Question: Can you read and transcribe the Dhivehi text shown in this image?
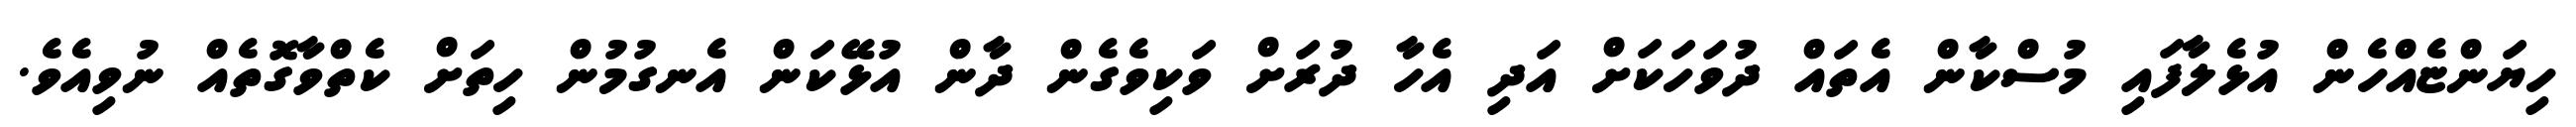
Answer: ހިޔަންޏެއްހެން އުޅެލާފައި މުސްކާން އެތައް ދުވަހަކަށް އަދި އެހާ ދުރަށް ވަކިވެގެން ދާން އުޅޭކަން އެނގުމުން ހިތަށް ކެތްވާގޮތެއް ނުވިއެވެ.